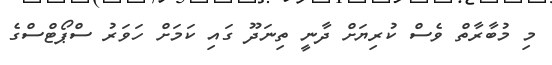
މި މުބާރާތް ވެސް ކުރިޔަށް ދާނީ ތިނަދޫ ގައި ކަމަށް ހަވަރު ސްޕޯޓްސްގެ